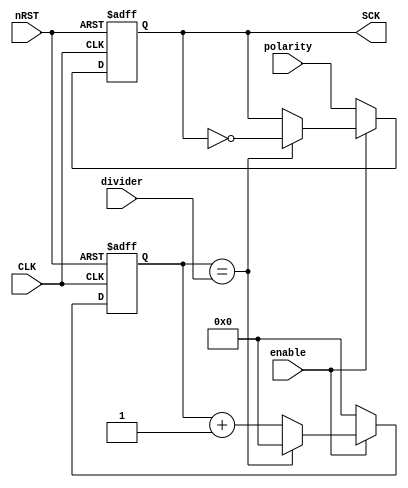
module clock_generator (
	CLK,
	nRST,
	divider,
	enable,
	polarity,
	SCK
);
	parameter NUMBITS = 32;
	input wire CLK;
	input wire nRST;
	input wire [NUMBITS - 1:0] divider;
	input wire enable;
	input wire polarity;
	output reg SCK;
	reg [31:0] count;
	reg [31:0] count_nxt;
	wire SCK_next;
	always @(posedge CLK or negedge nRST)
		if (!nRST) begin
			count <= {32 {1'sb0}};
			SCK <= 1'b0;
		end
		else if (enable) begin
			count <= count_nxt;
			SCK <= SCK_next;
		end
		else begin
			count <= {32 {1'sb0}};
			SCK <= polarity;
		end
	always @(*)
		if (count == divider)
			count_nxt = 0;
		else
			count_nxt = count + 1;
	assign SCK_next = (count == divider ? ~SCK : SCK);
endmodule